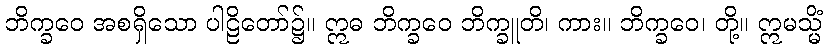
ဘိက္ခဝေ အစရှိသော ပါဠိတော်၌။ ဣဓ ဘိက္ခဝေ ဘိက္ခူတိ၊ ကား။ ဘိက္ခဝေ၊ တို့။ ဣမသ္မိံ